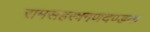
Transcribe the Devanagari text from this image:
रामसहस्त्रगणदण्डक